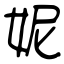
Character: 妮